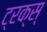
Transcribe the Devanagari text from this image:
ट्रक्स्